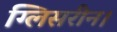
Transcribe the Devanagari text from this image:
ग्लिसरीन।